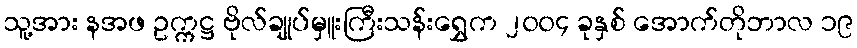
သူ့အား နအဖ ဥက္ကဋ္ဌ ဗိုလ်ချုပ်မှူးကြီးသန်းရွှေက ၂၀၀၄ ခုနှစ် အောက်တိုဘာလ ၁၉